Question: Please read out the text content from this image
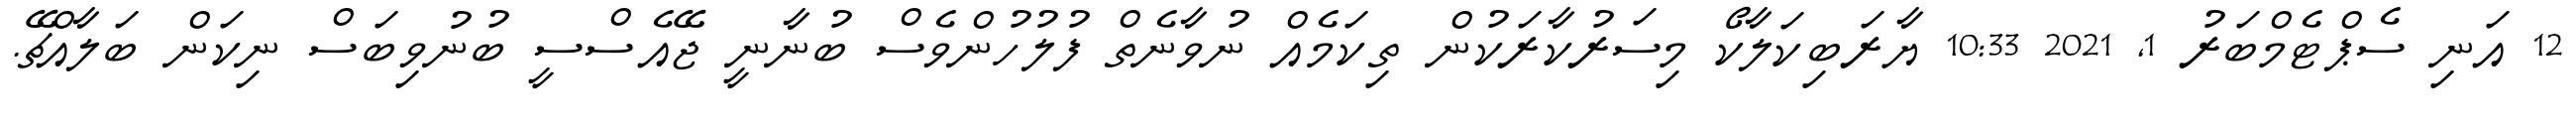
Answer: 12 އަނި ސެޕްޓެމްބަރު 1, 2021 10:33 ޔާރަބިކަލާކޯ މިސަރުކާރަކުން ތިކަމެއް ނުވާނެތް ފުލުހުންވެސް ބުނާނީ ޖޭއެސްސީ ބުނުވިބަސް ނިކަން ބަލާއްޗޭ.